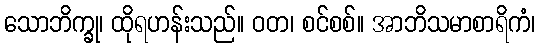
သောဘိက္ခု၊ ထိုရဟန်းသည်။ ဝတ၊ စင်စစ်။ အာဘိသမာစာရိကံ၊